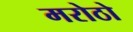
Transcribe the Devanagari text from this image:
मरोठो